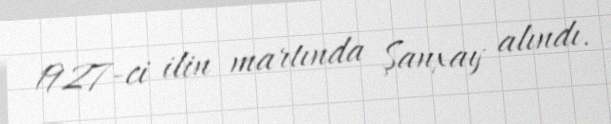
1927-ci ilin martında Şanxay alındı.